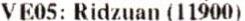
VE05: RIDZUAN (11900)